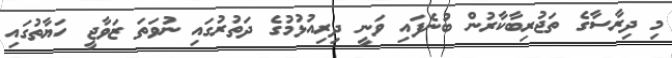
މި ދިރާސާގެ ތަޖުރިބާކާރުން ބުނެފައި ވަނީ ދިރިއުޅުމުގެ ދަތުރުގައި ނުވަތަ ޒަވާޖީ ހަޔާތުގައި